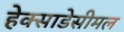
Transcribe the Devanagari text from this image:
हेक्साडेसीमल